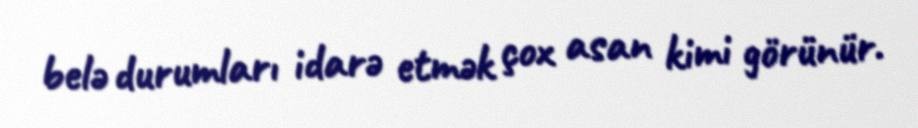
belə durumları idarə etmək çox asan kimi görünür.